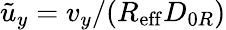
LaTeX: \tilde{u}_{y}=v_{y}/({R_{\mathrm{eff}}D_{0R}})